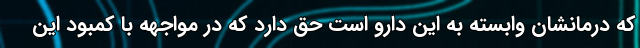
که درمانشان وابسته به این دارو است حق دارد که در مواجهه با کمبود این